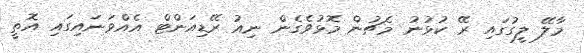
މާލޭ ލީގުގައި ރޭ ކުޅުނު މެޗުން މޮޅުވެގެން ނިއު ރޭޑިއަންޓް އެއްވަނައިގައި އޮތީ